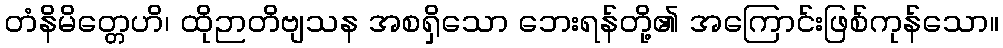
တံနိမိတ္တေဟိ၊ ထိုဉာတိဗျသန အစရှိသော ဘေးရန်တို့၏ အကြောင်းဖြစ်ကုန်သော။